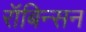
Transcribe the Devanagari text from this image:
रॉबिन्सन